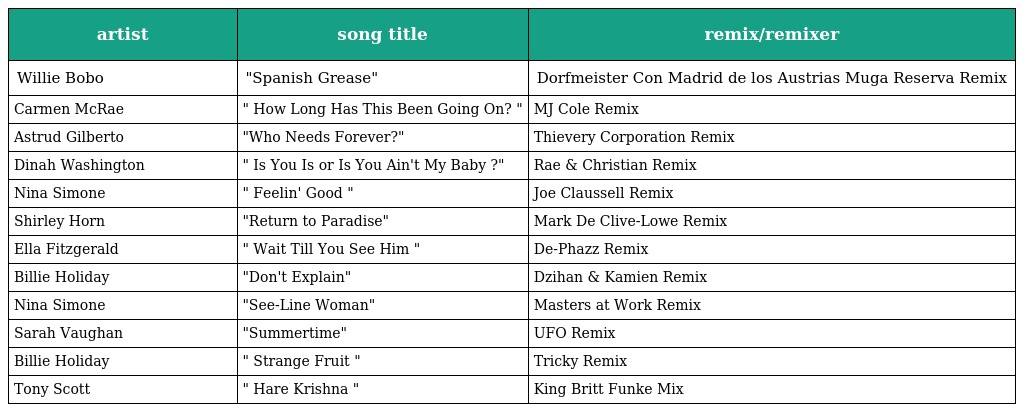
| artist | song title | remix/remixer |
 | --- | --- | --- |
 | Willie Bobo | "Spanish Grease" | Dorfmeister Con Madrid de los Austrias Muga Reserva Remix |
 | Carmen McRae | " How Long Has This Been Going On? " | MJ Cole Remix |
 | Astrud Gilberto | "Who Needs Forever?" | Thievery Corporation Remix |
 | Dinah Washington | " Is You Is or Is You Ain't My Baby ?" | Rae & Christian Remix |
 | Nina Simone | " Feelin' Good " | Joe Claussell Remix |
 | Shirley Horn | "Return to Paradise" | Mark De Clive-Lowe Remix |
 | Ella Fitzgerald | " Wait Till You See Him " | De-Phazz Remix |
 | Billie Holiday | "Don't Explain" | Dzihan & Kamien Remix |
 | Nina Simone | "See-Line Woman" | Masters at Work Remix |
 | Sarah Vaughan | "Summertime" | UFO Remix |
 | Billie Holiday | " Strange Fruit " | Tricky Remix |
 | Tony Scott | " Hare Krishna " | King Britt Funke Mix |